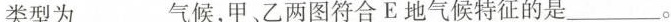
类型为___气候，甲、乙两图符合E地气候特征的是___。